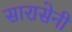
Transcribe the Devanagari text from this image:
सारासेनी